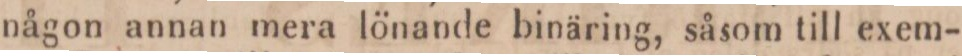
någon annan mera lönande binäring, såsom till exem-